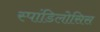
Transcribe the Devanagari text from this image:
स्पांडिलोसिस